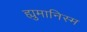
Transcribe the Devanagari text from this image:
ह्युमानिस्म